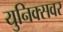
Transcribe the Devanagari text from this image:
युनिक्सवर